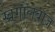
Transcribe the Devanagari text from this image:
खगोलबाज़